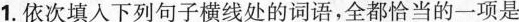
1. 依次填入下列句子横线处的词语，全都恰当的一项是